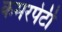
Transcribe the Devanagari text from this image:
कमरपेटी